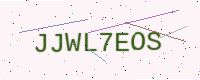
Text: JJWL7EOS